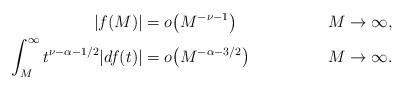
LaTeX: \begin{align*}|f(M)| &= o\big( M^{-\nu-1}\big) & M\to \infty, \\\int_M^\infty t^{\nu-\alpha-1/2}|df(t)| &= o\big(M^{-\alpha-3/2}\big) & M\to \infty. \end{align*}